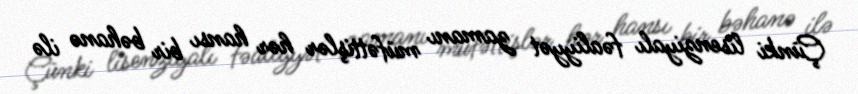
Çünki lisenziyalı fəaliyyət zamanı müfəttişlər hər hansı bir bəhanə ilə